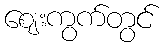
ဈေးကွက်တွင်